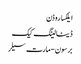
ایلکسا روڈن
ڈیٹا لینگ کیک
برسون-مارت سیلر